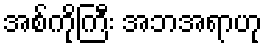
အစ်ကိုကြီး အဘအရာဟု